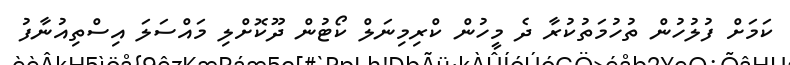
ކަމަށް ފުލުހުން ތުހުމަތުކުރާ ދެ މީހުން ކްރިމިނަލް ކޯޓުން ދޫކޮށްލި މައްސަލަ އިސްތިއުނާފު